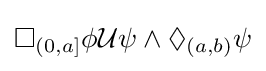
\Box _{(0,a]}\phi {\mathcal {U}}\psi \land \Diamond _{(a,b)}\psi